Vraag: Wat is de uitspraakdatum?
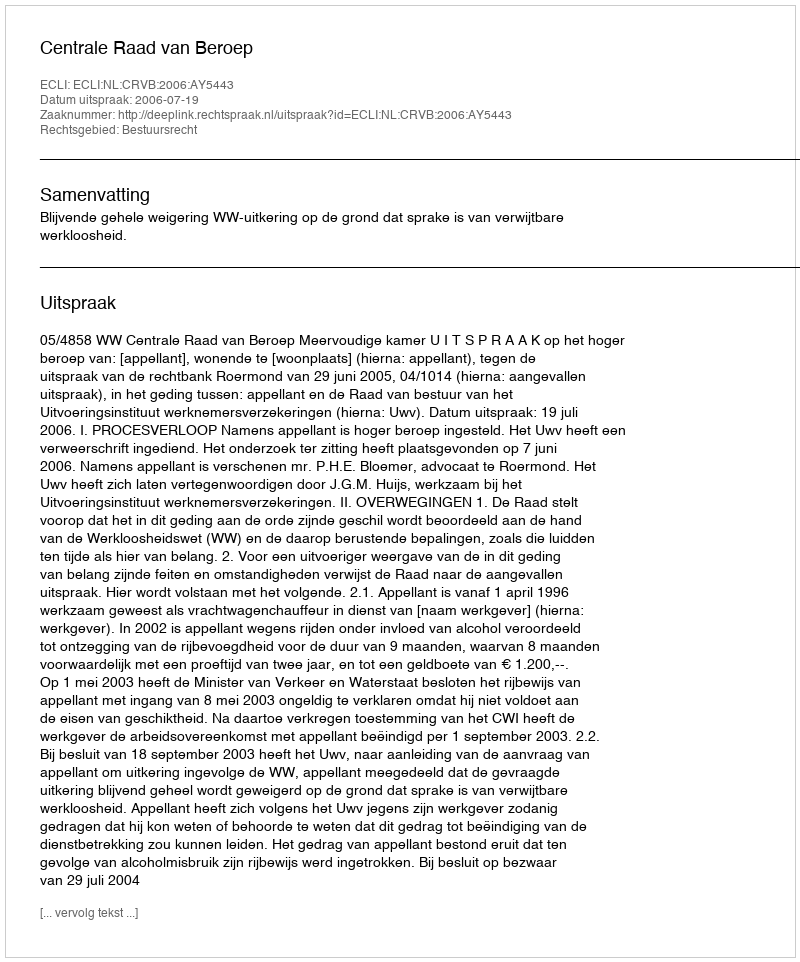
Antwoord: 2006-07-19